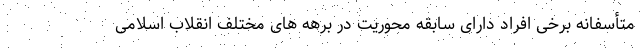
متأسفانه برخی افراد دارای سابقه محوریت در برهه های مختلف انقلاب اسلامی